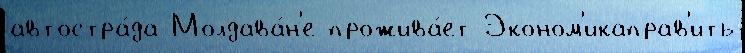
автостра́да Молдава́н'е прожива́ет Эконом'икаправ'ить